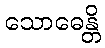
သောဓေန္တိ